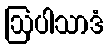
ဩပါသာဒံ